Annual report on the working of the mental hospitals in the Madras Presidency - 1912-1932
Year: 1912
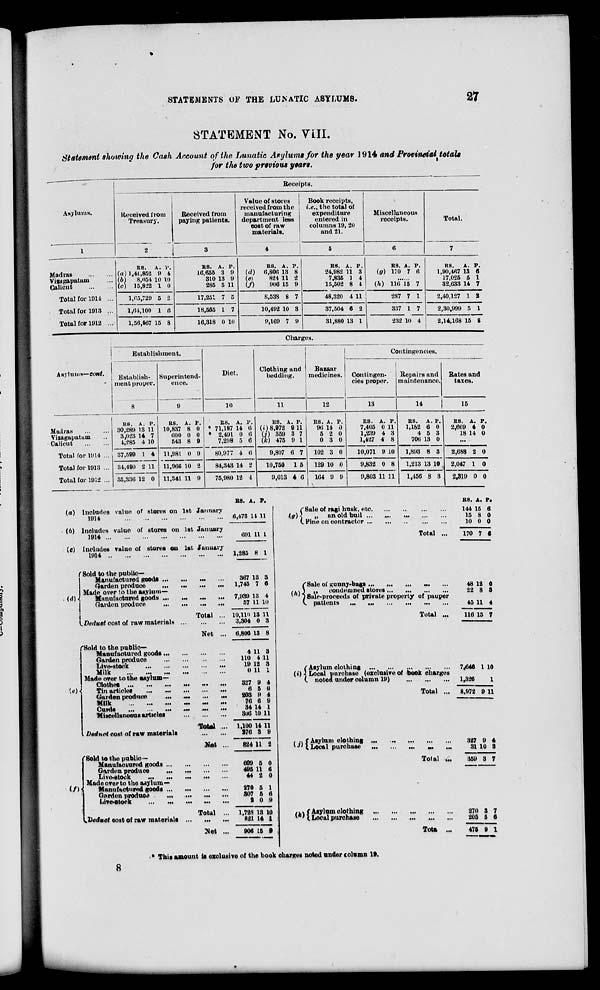
STATEMENTS OF THE LUNATIC ASYLUMS.
27
STATEMENT No. VIII.
Statement showing the Cash Account of the Lunatic Asylums for the year 1914 and Provincial totals
for the two previous years.
Asylums.
1
Madras
...
...
Vizagapatam ...
Calicut
...
...
Total for 1914 ...
Total for 1913 ...
Total for 1912 ...
Receipts.
Received from
Treasury.
2
R8.
(a) 1,41,852
(b)
8,054
(c) 15,822
1,65,729
1,64,100
1,56,567
A.
9
10
1
5
1
15
P.
4
10
0
2
6
8
Received from
paying patients.
3
RS.
16,655
310
285
17,251
18,565
16,318
A.
3
13
5
7
1
0
P.
9
9
11
5
7
10
Value of stores
received from the
manufacturing
department less
cost of raw
materials.
4
RS.
(d)
6,806
(e)
824
(f)
906
8,538
10,492
9,169
A.
13
11
15
8
10
7
P.
8
2
9
7
3
9
Book receipts,
i.e., the total of
expenditure
entered in
columns 19, 20
and 21.
5
RS.
24,982
7,835
15,502
48,320
37,504
31,880
A.
11
1
8
4
6
13
P.
3
4
4
11
2
1
Miscellaneous
receipts.
6
RS.
(g) 170
A.
7
P.
6
......
(h) 116
287
337
232
15
7
1
10
7
1
7
4
Total.
7
RS.
1,90,467
17,025
32,633
2,40,127
2,30,999
2,14,168
A.
13
5
14
1
5
15
P.
6
1
7
2
1
8
Asylums— cont.
Madras
...
...
Vizagapatam ...
Calicut
...
...
Total for 1914 ...
Total for 1913 ...
Total for 1912 ...
Charges.
Establishment.
Establish-
ment proper.
8
RS.
30,289
3,023
4,285
37,599
34,490
35,336
A.
13
14
4
1
2
12
P.
11
7
10
4
11
0
Superintend-
ence.
9
RS.
10,837
600
543
11,981
11,966
11,341
A.
8
0
8
0
10
11
P.
0
0
9
9
2
9
Diet.
10
RS.
71,187
2,491
7,298
80,977
84,343
75,980
A.
14
0
5
4
14
12
P.
6
6
6
6
2
4
Clothing and
bedding.
11
RS.
(i) 8,972
(j) 359
(k) 475
9,807
10,750
9,013
A.
9
3
9
6
1
4
P.
11
7
1
7
5
6
Bazaar
medicines.
12
RS.
96
5
0
102
129
164
A.
14
2
3
3
10
9
P.
0
0
0
0
0
9
Contingencies.
Contingen-
cies proper.
13
RS.
7,405
1,239
1,427
10,071
9,832
9,803
A.
0
4
4
9
0
11
P.
11
3
8
10
8
11
Repairs and
maintenance.
14
RS.
1,182
4
706
1,893
1,213
1,456
A.
6
5
13
8
13
8
P.
0
3
0
3
10
3
Rates and
taxes.
15
RS.
2,669
18
...
2,688
2,047
2,319
A.
4
14
2
1
0
P.
0
0
0
0
0
(a)
(b)
(c)
()
Includes value of stores on 1st January
1914
...
...
...
...
...
...
Includes value of stores on 1st January
1914
...
...
...
...
...
...
...
Includes value of stores on 1st January
1914
...
...
...
...
...
...
...
Sold to the public —
Manufactured good ...
...
...
...
Garden produce
...
...
...
...
Made over to the asylum—
Manufactured goods ... ... ... ... ...
Garden produce
...
...
...
...
Total ...
Deduct cost of raw materials
...
...
...
Net ...
(e)
Sold to the public—
Manufactured goods ... ... ... ...
Garden produce
...
...
...
...
Live-stock
...
...
...
Milk
...
...
...
...
...
...
...
Made over to the asylum—
Clothes
...
...
...
...
...
Tin articles
...
...
...
...
...
Garden produce
... ... ... ... ...
Milk
...
...
...
...
...
...
Curds
...
...
...
...
...
Miscellaneous articles
...
...
...
Total ...
Deduct cost of raw materials
...
...
Net ...
(f)
Sold to the public––
Manufactured goods
...
...
...
...
Garden produce
...
...
...
...
Live-stock ... ... ...
Made over to the asylum—
Manufactured goods ... ... ... ...
Garden produce
...
...
...
...
Live-stock
...
...
...
...
...
Total ...
Deduct cost of raw materials ... ... ...
Net ...
RS.
6,473
691
1,285
367
1,746
7,939
57
10,110
3,304
6,806
4
110
19
0
327
6
203
76
34
306
1,100
276
824
609
496
44
270
307
21
1,728
821
906
A.
14
11
8
13
7
13
11
13
0
13
11
4
12
11
9
5
9
6
14
10
14
3
11
5
11
2
6
6
0
13
14
15
P.
11
1
1
3
6
4
10
11
3
8
3
11
3
4
0
4
9
1
11
11
9
2
0
6
0
1
6
9
10
1
9
(g)
Sale of ragi husk, etc. ... ... ... ...
„
an old bull ...
...
...
...
Fine on contractor
...
..
...
...
Total ...
(h)
Sale of ganny-bags ...
...
...
...
...
„ condemned stores
...
...
...
...
Sale-proceeds of private property of pauper
patients
...
...
...
...
...
...
Total ...
(i)
(Asylum clothing
...
...
...
...
...
Local purchase (exclusive of book charges
noted under column
19)
...
...
...
Total ...
(j)
Asylum clothing ... ... ... ... ... ...
Local purchase
...
...
...
...
...
...
Total ...
(k)
Asylum clothing
...
...
...
...
...
Local purchase ... ... ... ... ...
Tolal ...
RS.
144
15
10
170
48
22
45
116
7,646
1,326
8,972
327
31
359
270
205
475
A.
15
8
0
7
12
8
11
15
1
9
9
10
3
3
5
9
P.
6
0
0
6
0
3
4
7
10
1
11
4
8
7
7
6
1
* This amount is exclusive of the book charges noted under column 19.
8